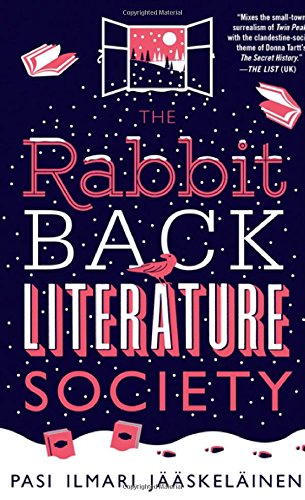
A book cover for The Rabbit Back Literature Society; Pasi Ilmari JÃ¤Ã¤skelÃ¤inen; Science Fiction & Fantasy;